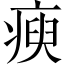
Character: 瘐